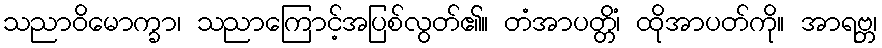
သညာဝိမောက္ခာ၊ သညာကြောင့်အပြစ်လွတ်၏။ တံအာပတ္တိံ၊ ထိုအာပတ်ကို။ အာရဗ္ဘ၊